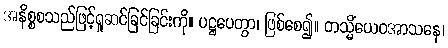
အနိစ္စစသည်ဖြင့်ရှုဆင်ခြင်ခြင်းကို။ ပဋ္ဌပေတွာ၊ ဖြစ်စေ၍။ တသ္မိံယေဝအာသနေ၊